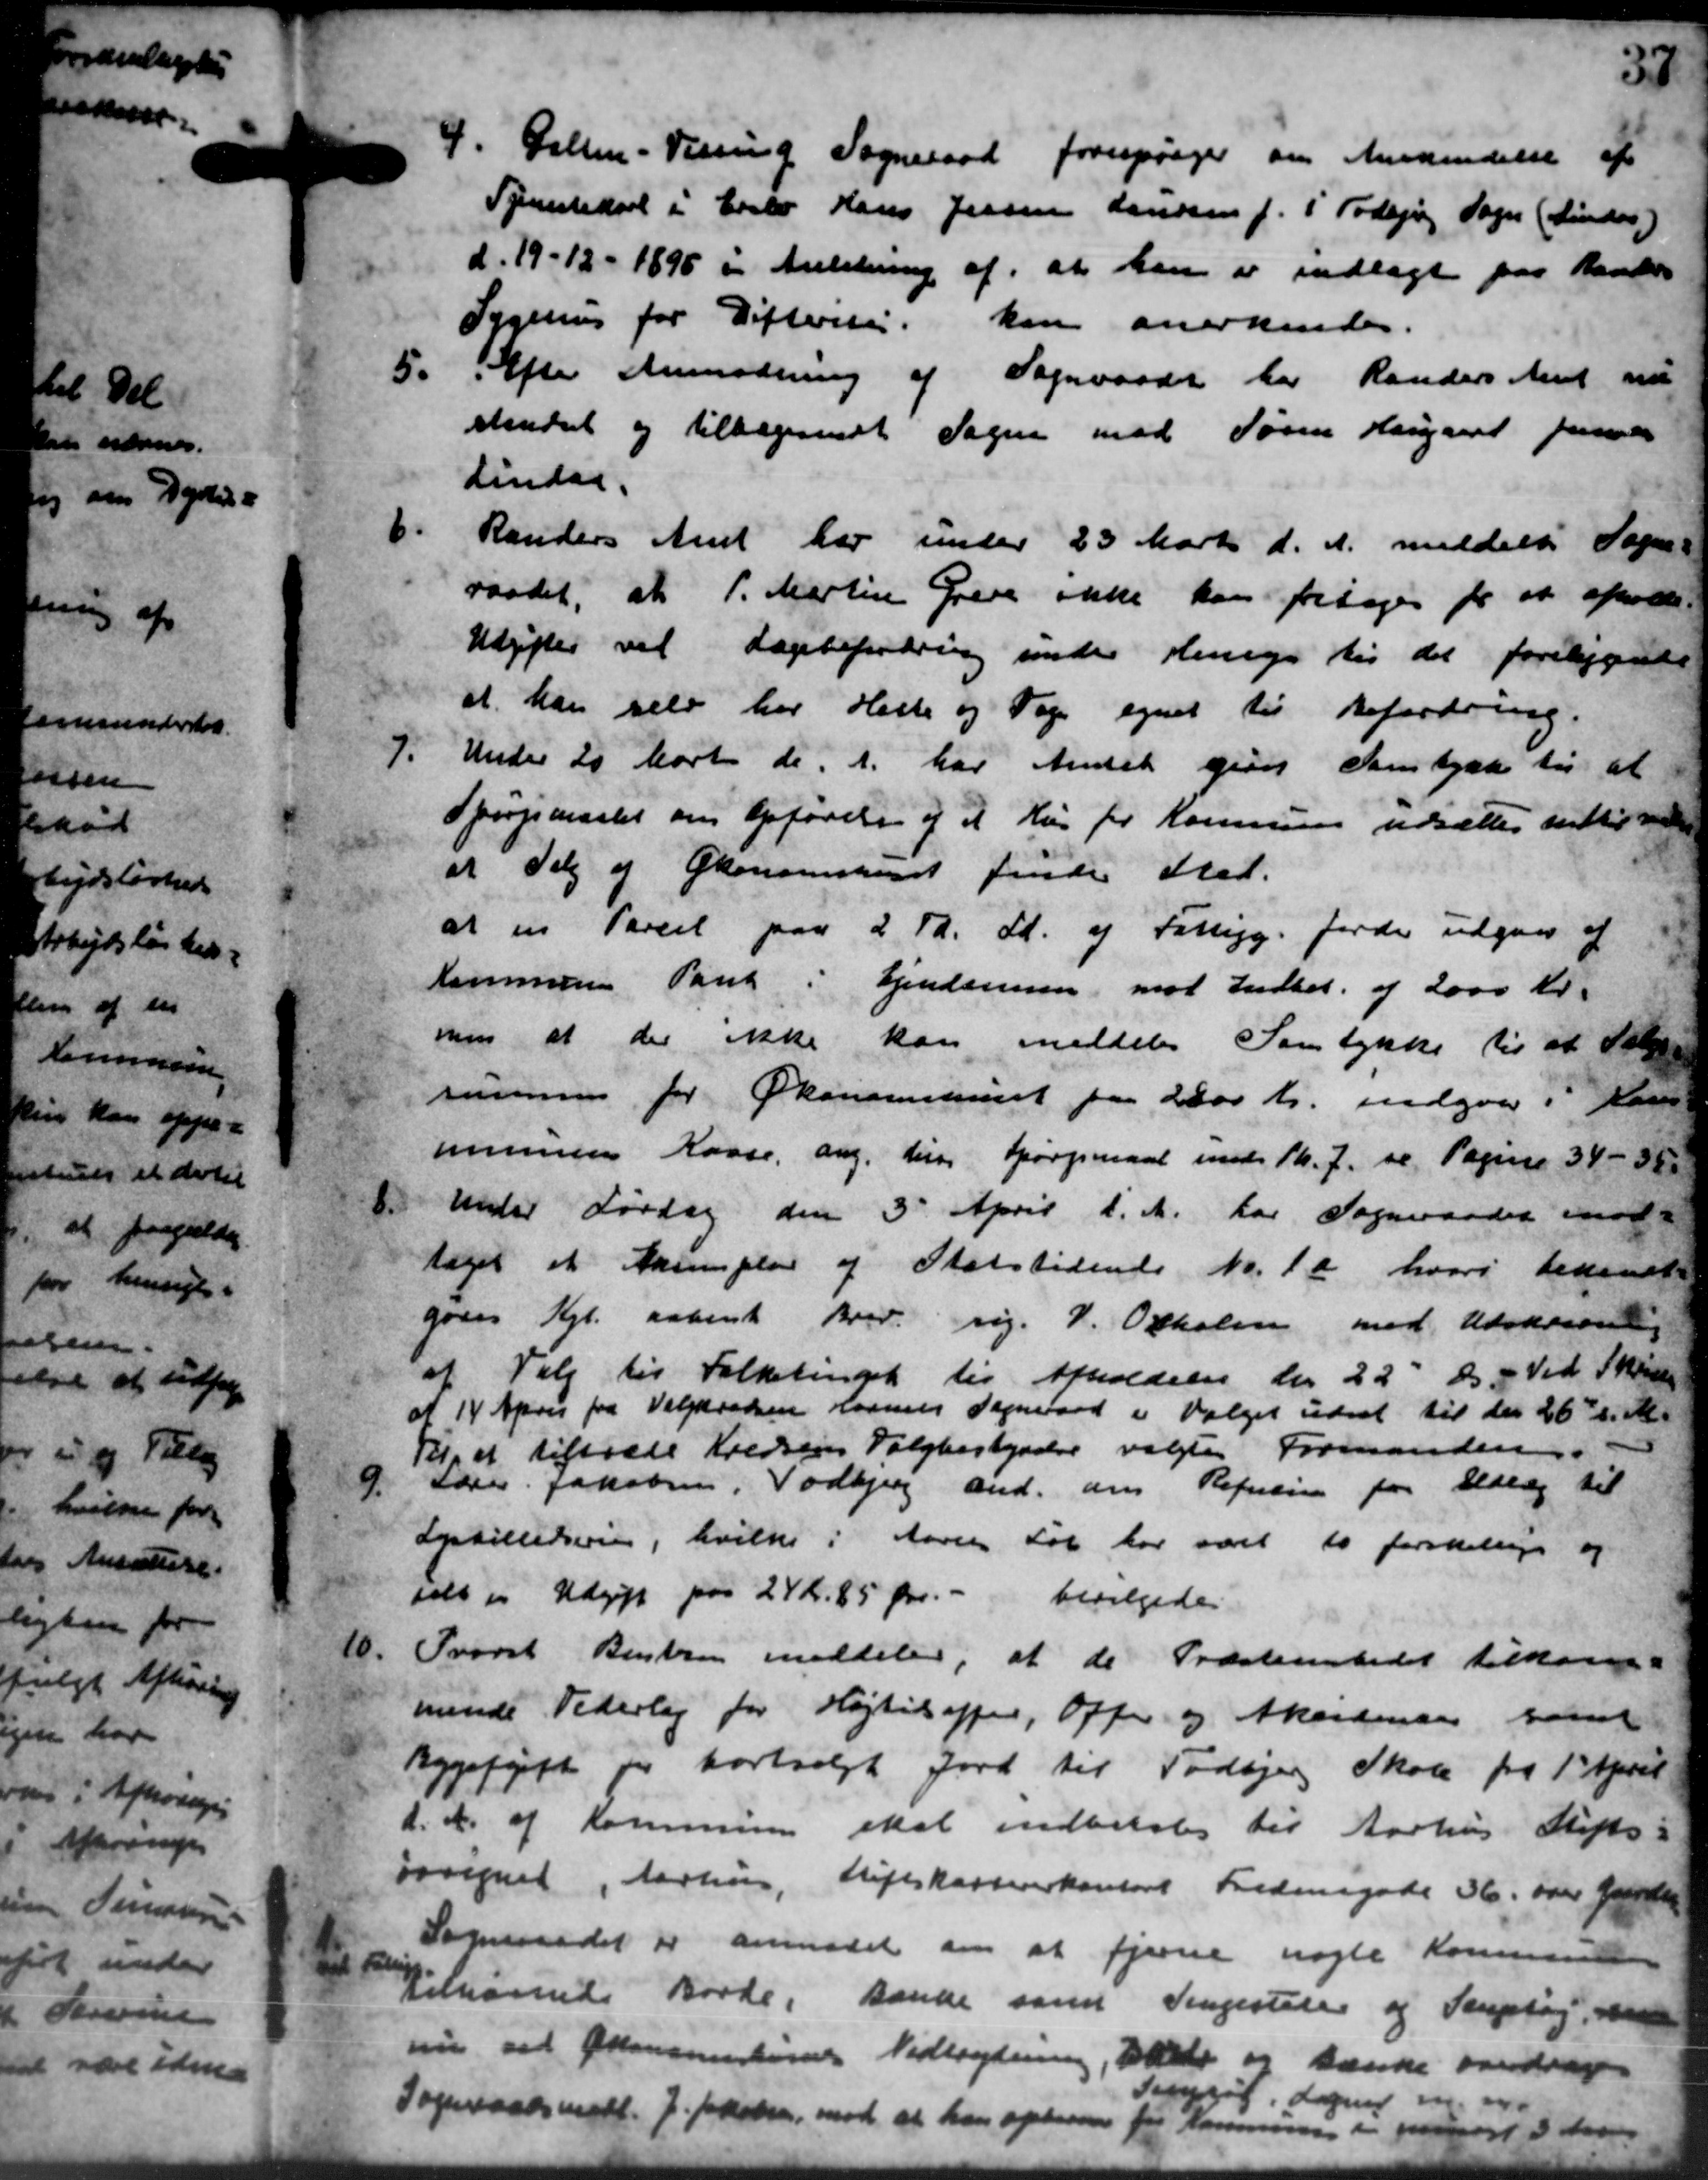
Transskription:
4. Galten - Vissing Sogneraad forespørger om Anerkendelse af
4. Galten - Vissing Sogneraad forespørger om Anerkendelse af
Tjenestekarl i Erslev Hans Jensen Landsen f. i Todbjerg Sogn (Linder)
d. 19 - 12 - 1896 i Anledning af, at han er indlagt paa Randers
Sygehus for Gifterite kan anerkendes.
5.
 Efter Anmodning af Sogneraadet har Randers Amt nu
skendset og tilbagesendt Sagen med Søren Haugaard Januar
Lindaa.
6.
Randers Amt har under 23 Marts d. A. meddelt Sogne-
raadet, at P. Martin Greve ikke kan fritages for at afholde
Udgifter vil Lagebefordring under Hensyn til det foreliggende
at han selv har Helle og Tage egnet til Befordring.
7.
Under 20 Marts d. A. har Andet gives Samtykke til at
Spørgsmaalet om Opførelse og at Hus for Kommunen udsættes indtil medde
at Salg af Økonsenskabet finde Sted.
at en Parcel paa 2 Td. Ld. af Fattigg. Jorde udgaar af
Kommunen Pant i Ejendommen mod Indbet af 2000 Kr.
mes at der ikke kan meddeles Samtykke til at Atlas-
rummen for Økonomamst paa 2000 Kr. indgaar i Dans
munens Kasse, ang. den Spørgsmaal med Th. J. se Pagine 34 - 38.
8.
Under Lørdag den 3 April d. A. har Sogneraadet mod-
taget et Aksemplar af Statstidende Nr. 10 hvori tident
gades Kgl. aabent Brev. sig. 7. Oxholm med Udskrive
af Valg til Folketingen til Afholdelse til 22' ds. i Ved Skrive
af 14 April fra Valgkradsen Havnes Sogneraad i Valget udsat til den 26de d. M.
Til, at tiltræde Kredsens Valgbestyrelse valgtes Formanden.
9.
Laur. Jakobsen, Todbjerg and. om Refusion for Udlæg til
Lysbilledserne, hvilke i Aaret Løb har været to forskellige og
telsen Udgift paa 24 Kr. 85 Øre. -
bevilgedes
10
Tvorst Bentzen meddeler, at de Præstembedet tilkom-
minde Pederlag for Højtitoffer, Offer og Akordensen samt
Bygafgift for bortsalgt Jord til Todbjerg Skole fra 1' April
d. A. af Kommunen skal indbetales til Aarhus Stifts-
Forignet, Aarhus, Stiftskassererkontort Fredergade 36. over Gunde

Sogneraadet er anmodet om at fjerne nogle Kommunen

Vilhørnede Borde, Bænke som Pengestede og Tenpløg, me
nu ved Østensenestens Vedlagtning, idet og tænke overdrage
Sogneraadsmøde. J. Jakobsen, mod at han oplæse "  3de
Sorgerød Sogner m. m..